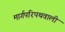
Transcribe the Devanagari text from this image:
मार्गपरिपथवाली